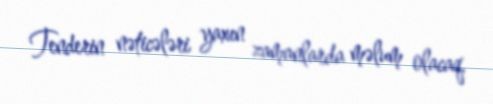
Tenderin nəticələri yaxın zamanlarda məlum olacaq.